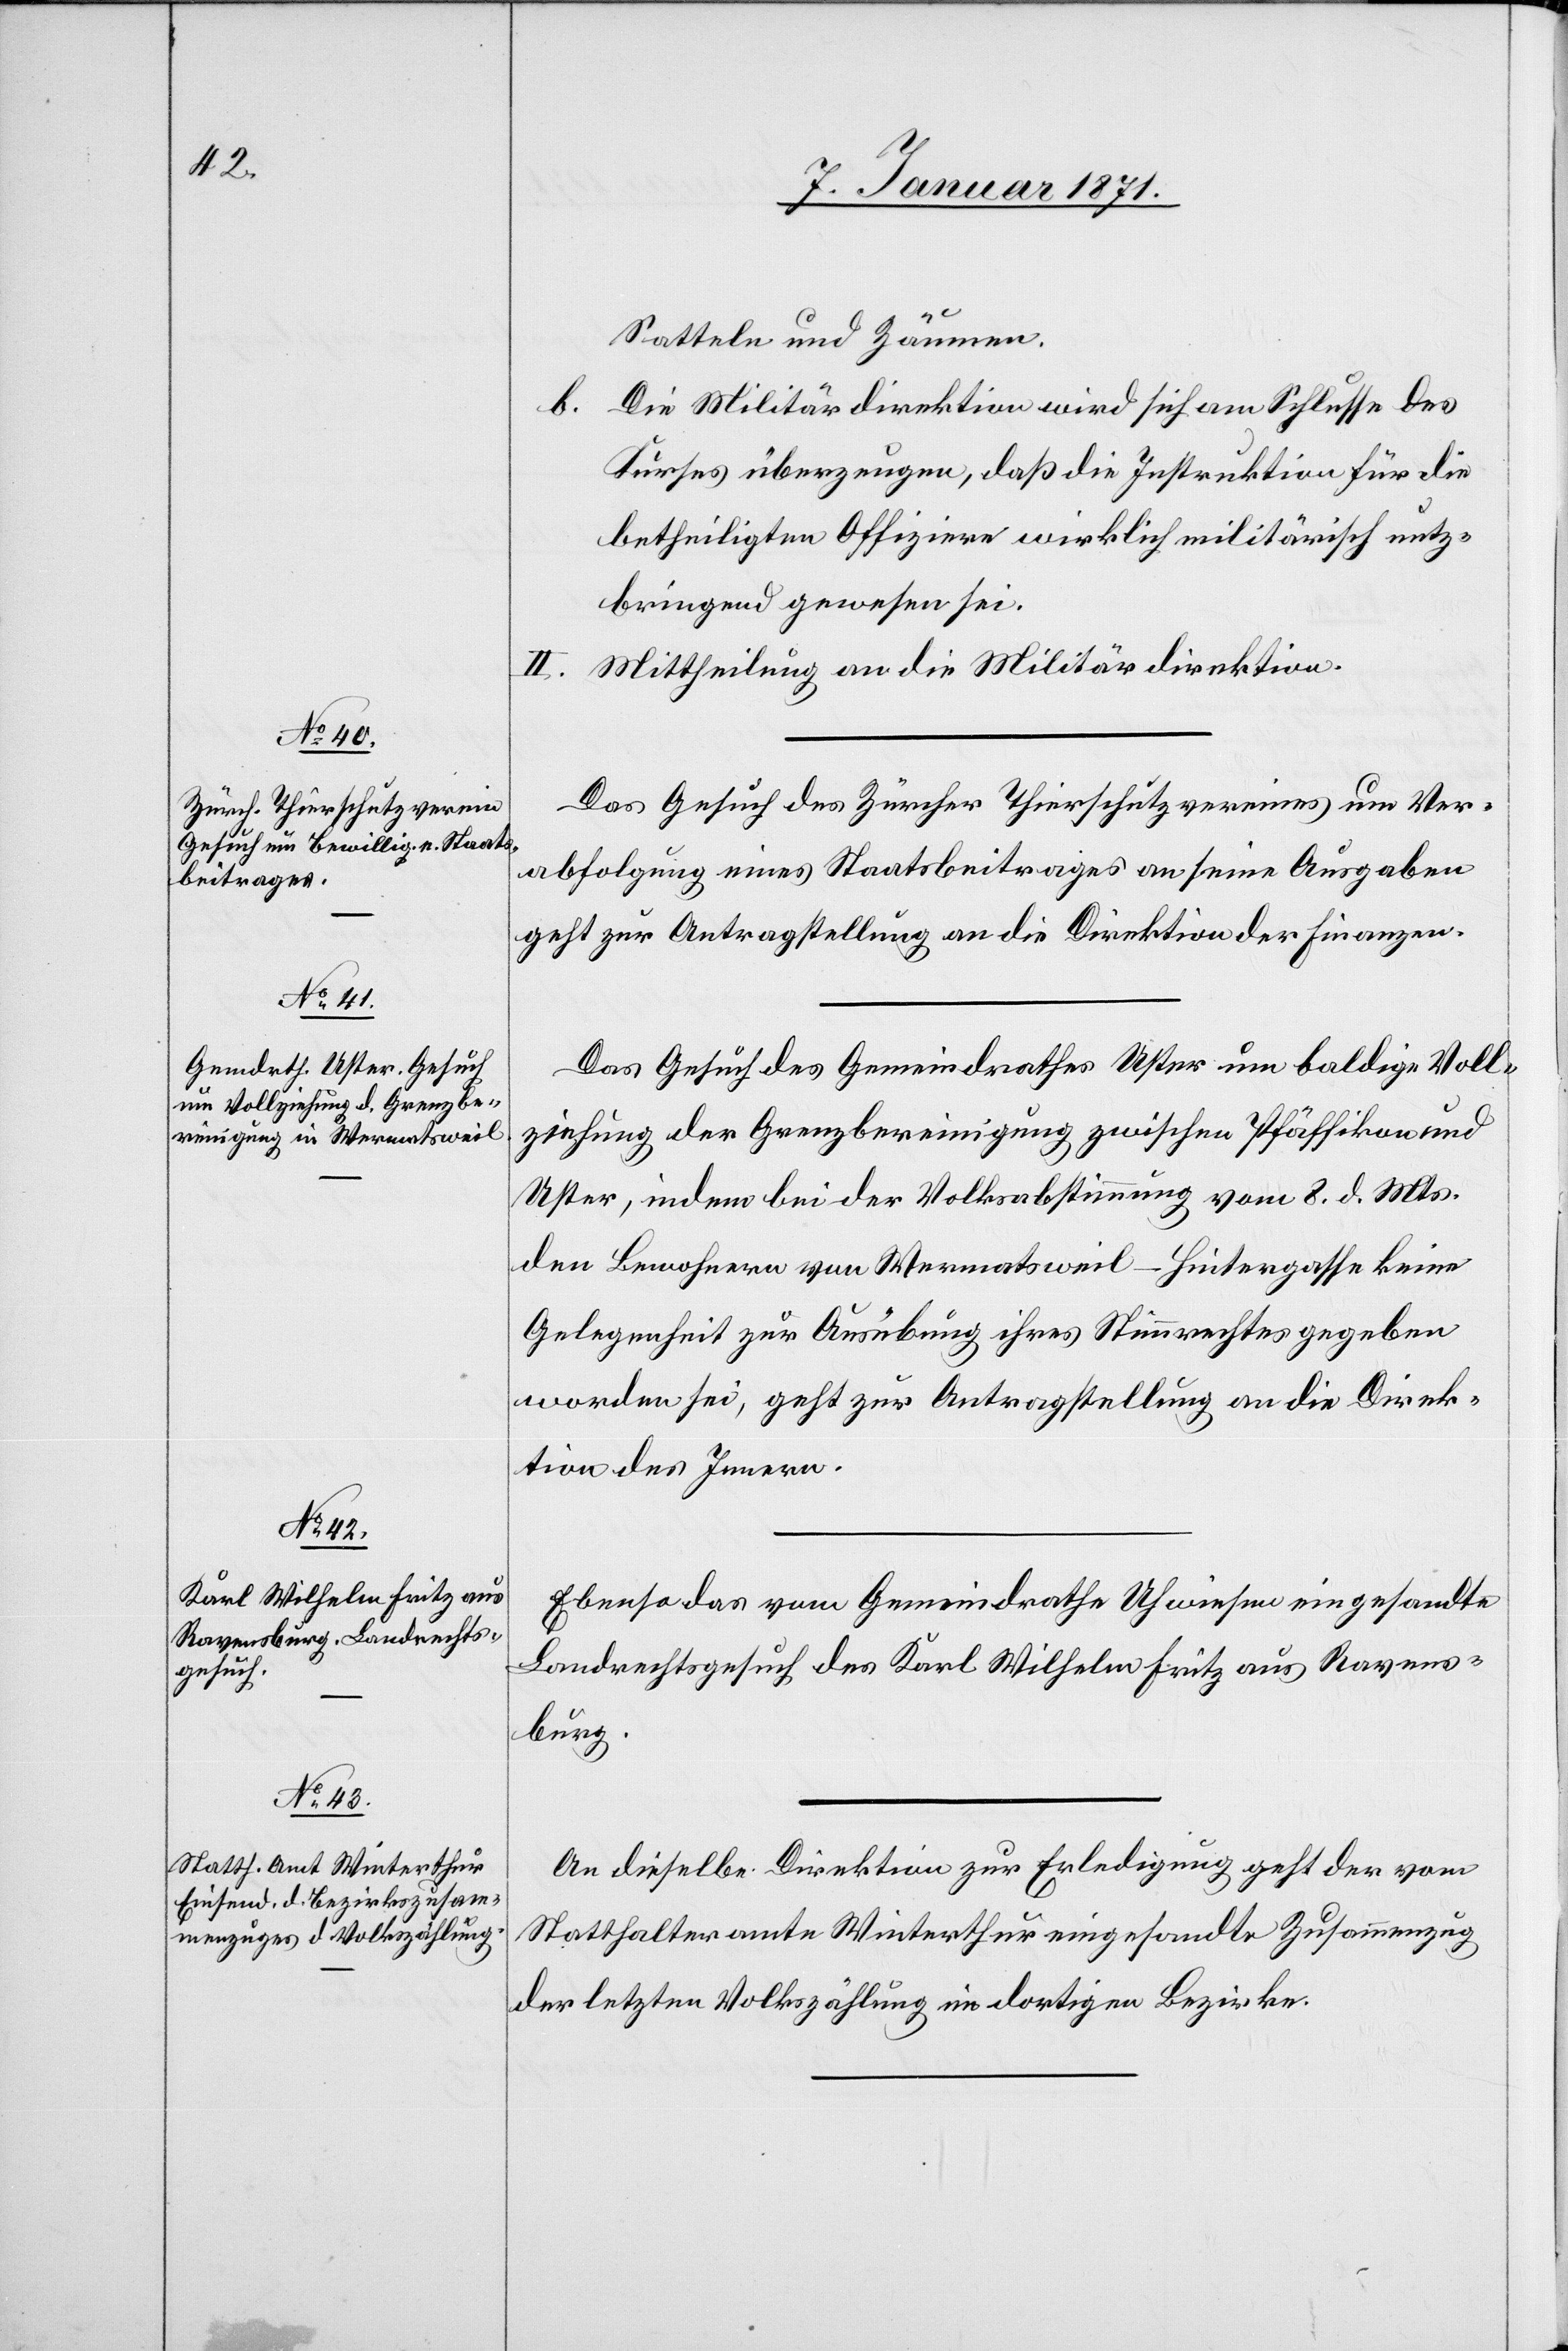
11. Januar 1871.]
Satteln und Zäumen.
b. Die Militärdirektion wird sich am Schlusse des
Kurses überzeugen, daß die Instruktion für die
betheiligten Offiziere wirklich militärisch nutz¬
bringend gewesen sei.
II.
Mittheilung an die Militärdirektion.
Das Gesuch des Zürcher Thierschutzvereines um Ver¬
abfolgung eines Staatsbeitrages an seine Ausgaben
geht zur Antragstellung an die Direktion der Finanzen.
Das Gesuch des Gemeindrathes Uster um baldige Voll¬
ziehung der Grenzbereinigung zwischen Pfäffikon und
Uster, indem bei der Volksabstimmung vom 8. d. Mts.
den Bewohnern von Wermatsweil-Hintergasse keine
Gelegenheit zur Ausübung ihres Stimmenrechtes gegeben
worden sei, geht zur Antragstellung an die Direk¬
tion des Innern.
Ebenso das vom Gemeindrath Uhwiesen eingesandte
Landrechtsgesuch des Karl Wilhelm Fritz aus Ravens¬
burg.
An dieselbe Direktion zur Erledigung geht der vom
Statthalteramt Winterthur eingesandte Zusammenzug
der letzten Volkszählung im dortigen Bezirke.